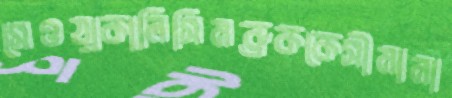
সেওয়াকালিসিমব্রুককেসীমানা